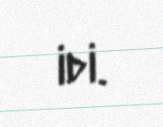
idi.